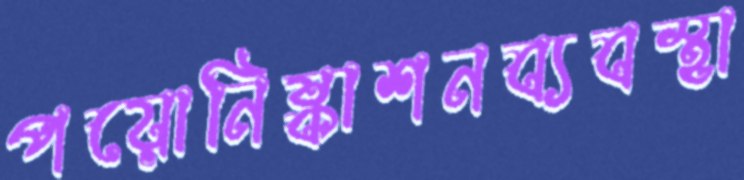
পয়োনিষ্কাশনব্যবস্থা